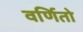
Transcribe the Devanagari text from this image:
वर्णितो